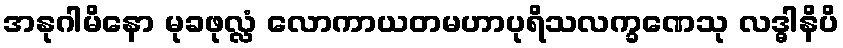
အနုဂါမိနော မုခဖုလ္လံ လောကာယတမဟာပုရိသလက္ခဏေသု လဒ္ဓါနိပိ